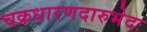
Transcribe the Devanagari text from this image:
चक्रधारणदारुभेदः